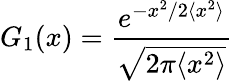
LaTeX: G_{1}(x)=\frac{e^{-x^{2}/2\langle x^{2}\rangle}}{\sqrt{2\pi\langle x^{2}\rangle}}